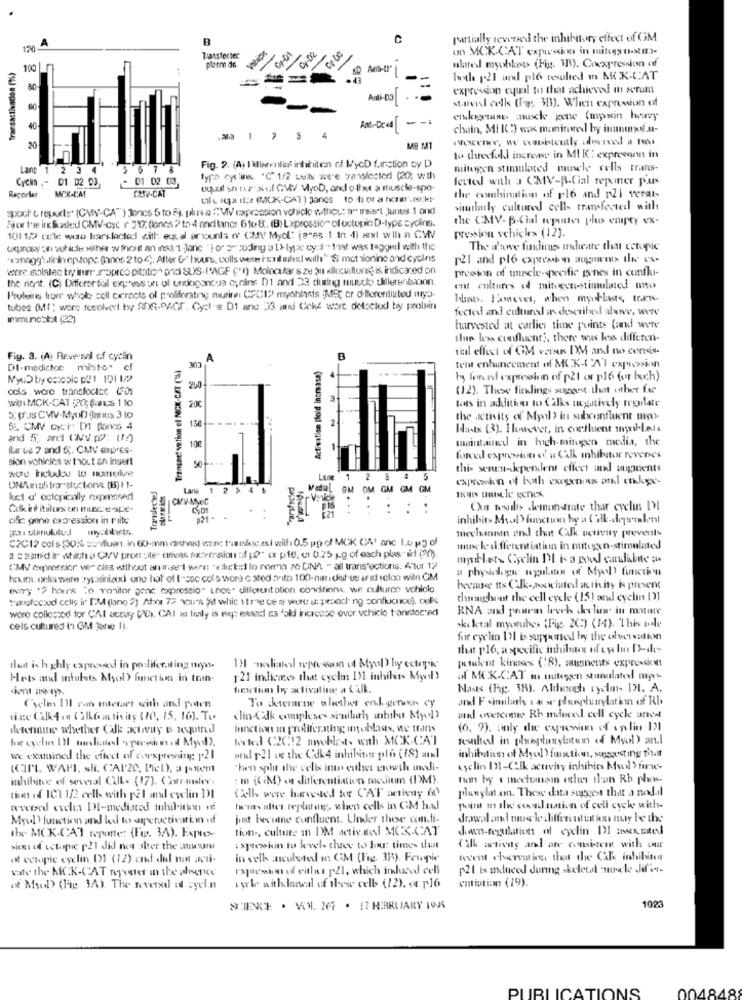
C
partially reversed the inhibitory effect of GM
120
-
0-02
-
on MCK-CAT expisin in muto t-MI.3-
10:
-
100
ulated myoblet> (Fig. 1B). Coexpression of
hoth p21 und plo tesuled m MX-CAT
80
expression equil to that achieved in serum
Anti-03
staval cells (Fig. 313). When expression of
60
embryaus muscle gene (mysin henry
40
Ant-Dead --
chain, Mt IC:) was maninved by iumnunl M-
4
scene, we canetently ilwerved a tv
20
Fig. 2. (A) I'llerenles inhihiton of MycD f.motion cy D
to threefull increase in MI K: expreegen in
Lant 1 2 3 4
5 6 7 8
mitogen stimulated muscle cells trans-
Cycla .- 01 02 03,
01 02 03,
type cylin. "C" 1/2 uuils were pravsfoster (20; wth
fected wah 3 CMV-R-Cial reporter pus
Reporter MCK-CAT
CLIV-CAT
oqual shoe- Nul GM/ MyoD, and other a muscle-spo-
til e ipx ilce (MCK-CAT) Janos to hor ance.Icket-
the combination of pl6 and pli verat
sppoci c reporty. (CVIN-CA") Joncs 5 to fj, plus a W expression vehicle wthey: a" insel Janus 1 and
similarly cultured cells transferred with
For fue ing faded CMV-cyc r 20: (lones ? to 4 nndl lance 6 to 8. (B) Lxprossiom ol outopic D-type cyclins.
the CMV-B-Cial ajustes plus empty ex-
pression schick> (12).
1011.2 cel: wae liarslected with: equal amounts of CMV Mydl (ares 1 in 4) art wiha a CVIV
expross on wohldie wither w hose an inss 1 -lane 'lo's rodiny u 1)-lyx cy:d-1nat was tagged with the
The d'awe findings muhcate that ectopic
** anogg'ulinin ep topc (hanns 2 to ( ,, After G" hours, colls were i Enil milesI will" & mot tionine and cycles
p21 and pl6 expression augments Ilwe ex-
wire isolalec try in roproo pitation and SUS.I'AGF ("I) Molecular s ze 3 dilucuillons; is indicated on
pression of umrele-specific pones in centki-
the riont. (C) Differential express un ol undogancus cycins DI and 23 during muscle hillerenbacon.
ent cultures id mingen-stimulated miso
Proteine from whole soll cicracts of poliforatne miurine: CPCI? myohlets ;MS; or differentiated muyo.
hbo. Honeves, when myoblags, trans.
tubes (Ml; wore resolveed by STGOACT. Cycle D1 and 33 and Cché ware detected by protein
fected and cultured as described above, were
Immunosbit (22)
harvested at carlies time points (and were
the hos confluent ;, there was less differen-
till effect of OM versr DM and no consis-
Fig. 3. (A) Reve sal of cyclin
Transaet vation el NCK-CAT (S)
, A
telt enhancement off MCK-4 Al expusosion
Dl-medictce mito" cf
303
Activation [fold increase)
ty fon ed expression of pZl or pl6 (or buch)
cols ware translodice (30)
200
(12). These findings suggest that osther fac
Will MCK-CAT :20; fais 110
200
tours in addition to Calks negatively regulate
5; puis CVV-MyoD darius 3 10
-.....
the activity of Mynl ) in subconfluent ma>
5. CMV cyTT' D1 fonds 4
150
Hasts (3). However, in corfluent mybLets
and 5. and (MV p2: (1)
maintained in high-mitogen media, the
ike'te ? and 5 ;. CMV expres-
sion vonicles w tout an insert
forced expression of a CAL mhibator reveries
this senen-kpendlent effect and ingquents
Lone
2
5
expression of both exogenous and endope-
TransfecteJ
Lans
4 1
EL GM OM GM GM GM
luet d' octopiically exposed
Carv-Myet
.
..
: :
Che tesulis demonstrate that cyclin DI
cilt: gene expression in rate
021
inhibits MoolYfunction by a t'il-dewialent
mechanism and that Clk activity prevents
C2C12 cols (30:6 su"fluen. in 60-mm drehen) votre thisisdesc.exi will 1 0.5 pool MCK CA' anc Lu pg of
unnek. differentiation in mitoyen-stimulated
a casmidir with a CVV pres ste' drives Axiversion :f [?" ( ple, er 0.75 Lo of each plas if (?).
myntets Cyclin PI & a goal carlabite as
CMV expressicr ven cies without an te I wern "chieti lo rorin 20 DNA - all transfectionis. A"tur 12
a physiologic segul.sten of Myel) function
tekirs. carlos were :rysasiniaxi one hat of tronc cots word C sted anto> 100-nur.det es u id clon with GM
ENITy "2 hours "o vonitor gene expression unos. dillerenitation conditions. we culturen vehicle
because its Clk-associated activity is present
Hanefectud cells in DM (lone 2) As 72 xou's fait whic itre ce s were u: ponch ng confluencej. oels
thoughrat the cell cycle (15) and eyelin ()]
were collected for CAI zeray (C), CAI at lively is repressed as fold increase over vehicle traneleased
RNA and pour leveh thelaw in mature
cels cultures tn GM Jenie 1).
skoktal myoruhes (Fig. 2C) (14). This sole
for eyelin Ul is supported by the oleervation
that plo, a specific inhibit of eye lur IEdh-
maskent kiness (18), augments expression
ilan is highly exposed in posliferating myn.
12 mediatel reperson id Mysl hy ectopic
Hets and infubets Myol) function in tran-
1'21 indicas that eyelin 131 inhibits Mysl !
af MC K.CAT in mitogen stunulated mages
ient ass tys
fewtim by activating a CAJk.
Nass (Fig. 38). Although rytmn- DI, A,
and F similarly . at se placesphusrylation of RI.
Cycle DI com internet with and poten
To kterarse alscher enligneen cy
tine Cilk4 ou ( Glkoactivity (10, 15, 16). To
clin-Gik complexes similarh whshu Myl)
and overcome Rh mduced cell cycle anes
determine whether Calk activay & required
Inction in proliferating inoblasts, we trans
(6. 9). only de expresiun of & polin 121
works (2C12 myoblast. with MCK-CAT
Resulted in gangtunylaten of Mysl) and
we examined the effect of coexpresing 121
and p21 or the Cdk4 inhibitor plo (18) al
inhibition of Myol Yfunction, suggesting that
chen split the cells inte esthet growth modi-
cyclin 131-Clk acuvity inhibies Myol ) fire-
inhibitce of several CLIL= (17). Cistrandler.
: m ((iM) es differentiation medium (DM).
run by o mectousin other than Rb phos
planylat.son. These data suggest that a nedal
tion of ICT 1/2 cell with pal and evelin DI
Call were haveded for CAT activay 60
wwDed exclu DI-mediated inhibition nf
Iwas alles replating, when cells in GM hal
pn m ilwe ceuilunin of cell cyck with-
Myd[ function and led to arpetactivation of
just becute confluent. Under these condli-
drawal and mure le differentiat ien may be the
tion ., culture in DM activated MCK-CAT
down-regulation of cyclin D] auxmed
the MCK-CAT reporter (Fig. 3.A). Expres
sicui of ectopic p21 did new aher the aneum
Expression tu levels three to four times that
"ilk activity and ate consistent with our
ot ectopic cyclin 11 (12) and dil mon acui-
in welk incuboted m: CM (Fig. 313). Fewpie
rewent toervations, that the Clk inhibitor
cate The MCK-CAT Roquetes in the absence
Expression of either p21, which induced cell
p21 ts induced during skeletal zmusck. Jif er-
entiutim (19).
of MID (Fig. 34). The weverxd of syel.n
wyrle withlowdl of these cells (12). o plo
SINCE . VI. 267 . 17 HERRUARY 1995
1023
004848
PUBLICATIONS